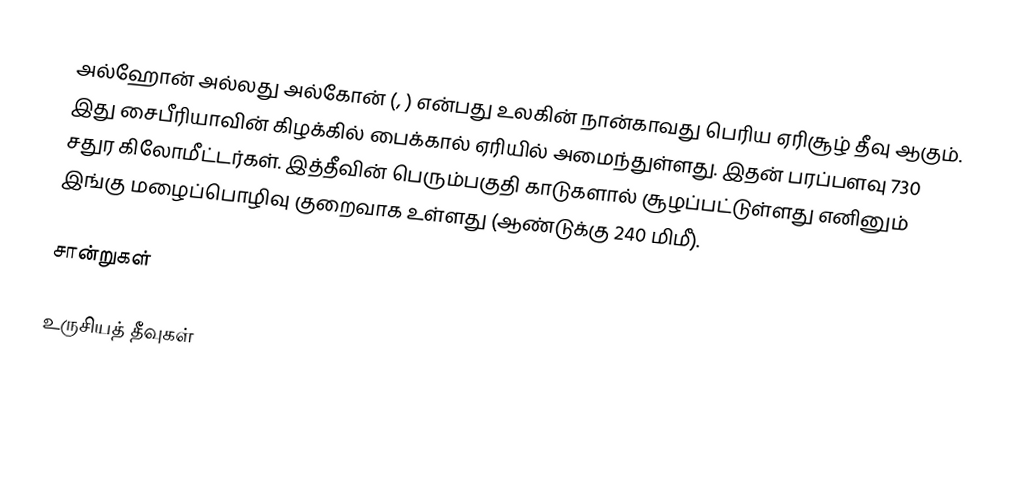
அல்ஹோன் அல்லது அல்கோன் (, ) என்பது உலகின் நான்காவது பெரிய ஏரிசூழ் தீவு ஆகும். இது சைபீரியாவின் கிழக்கில் பைக்கால் ஏரியில் அமைந்துள்ளது. இதன் பரப்பளவு 730 சதுர கிலோமீட்டர்கள். இத்தீவின் பெரும்பகுதி காடுகளால் சூழப்பட்டுள்ளது எனினும் இங்கு மழைப்பொழிவு குறைவாக உள்ளது (ஆண்டுக்கு 240 மிமீ).

சான்றுகள்

உருசியத் தீவுகள்